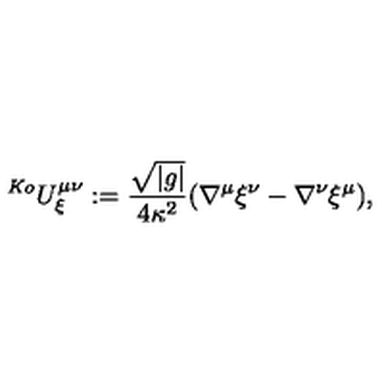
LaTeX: \ ^ { \mathrm { \tiny \it K o } } U _ { \xi } ^ { \mu \nu } : = \frac { \sqrt { \left| g \right| } } { 4 \kappa ^ { 2 } } ( \nabla ^ { \mu } \xi ^ { \nu } - \nabla ^ { \nu } \xi ^ { \mu } ) ,